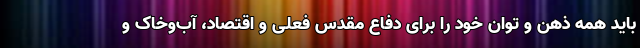
باید همه ذهن و توان خود را برای دفاع مقدس فعلی و اقتصاد، آب‌وخاک و